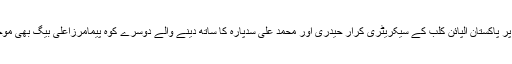
اس موقع پر پاکستان الپائن کلب کے سیکریٹری کرار حیدری اور محمد علی سدپارہ کا ساتھ دینے والے دوسرے کوہ پیمامرزاعلی بیگ بھی موجود تھے۔